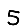
Digit: 5